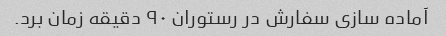
آماده سازی سفارش در رستوران ۹۰ دقیقه زمان برد.